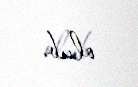
olub.